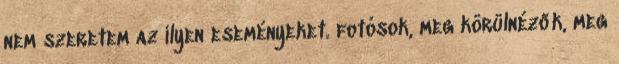
nem szeretem az ilyen eseményeket. fotósok, meg körülnézők, meg